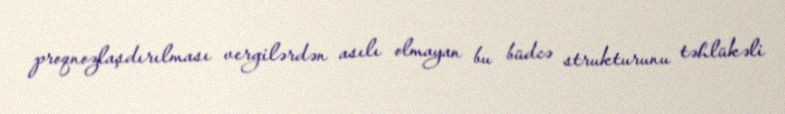
proqnozlaşdırılması vergilərdən asılı olmayan bu büdcə strukturunu təhlükəli